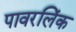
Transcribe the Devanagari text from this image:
पावरलिंक